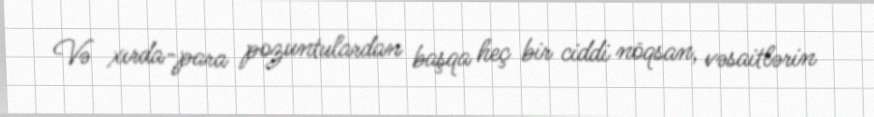
Və xırda-para pozuntulardan başqa heç bir ciddi nöqsan, vəsaitlərin